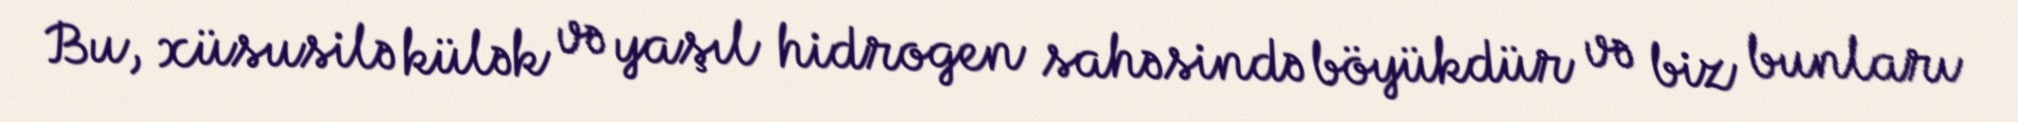
Bu, xüsusilə külək və yaşıl hidrogen sahəsində böyükdür və biz bunları